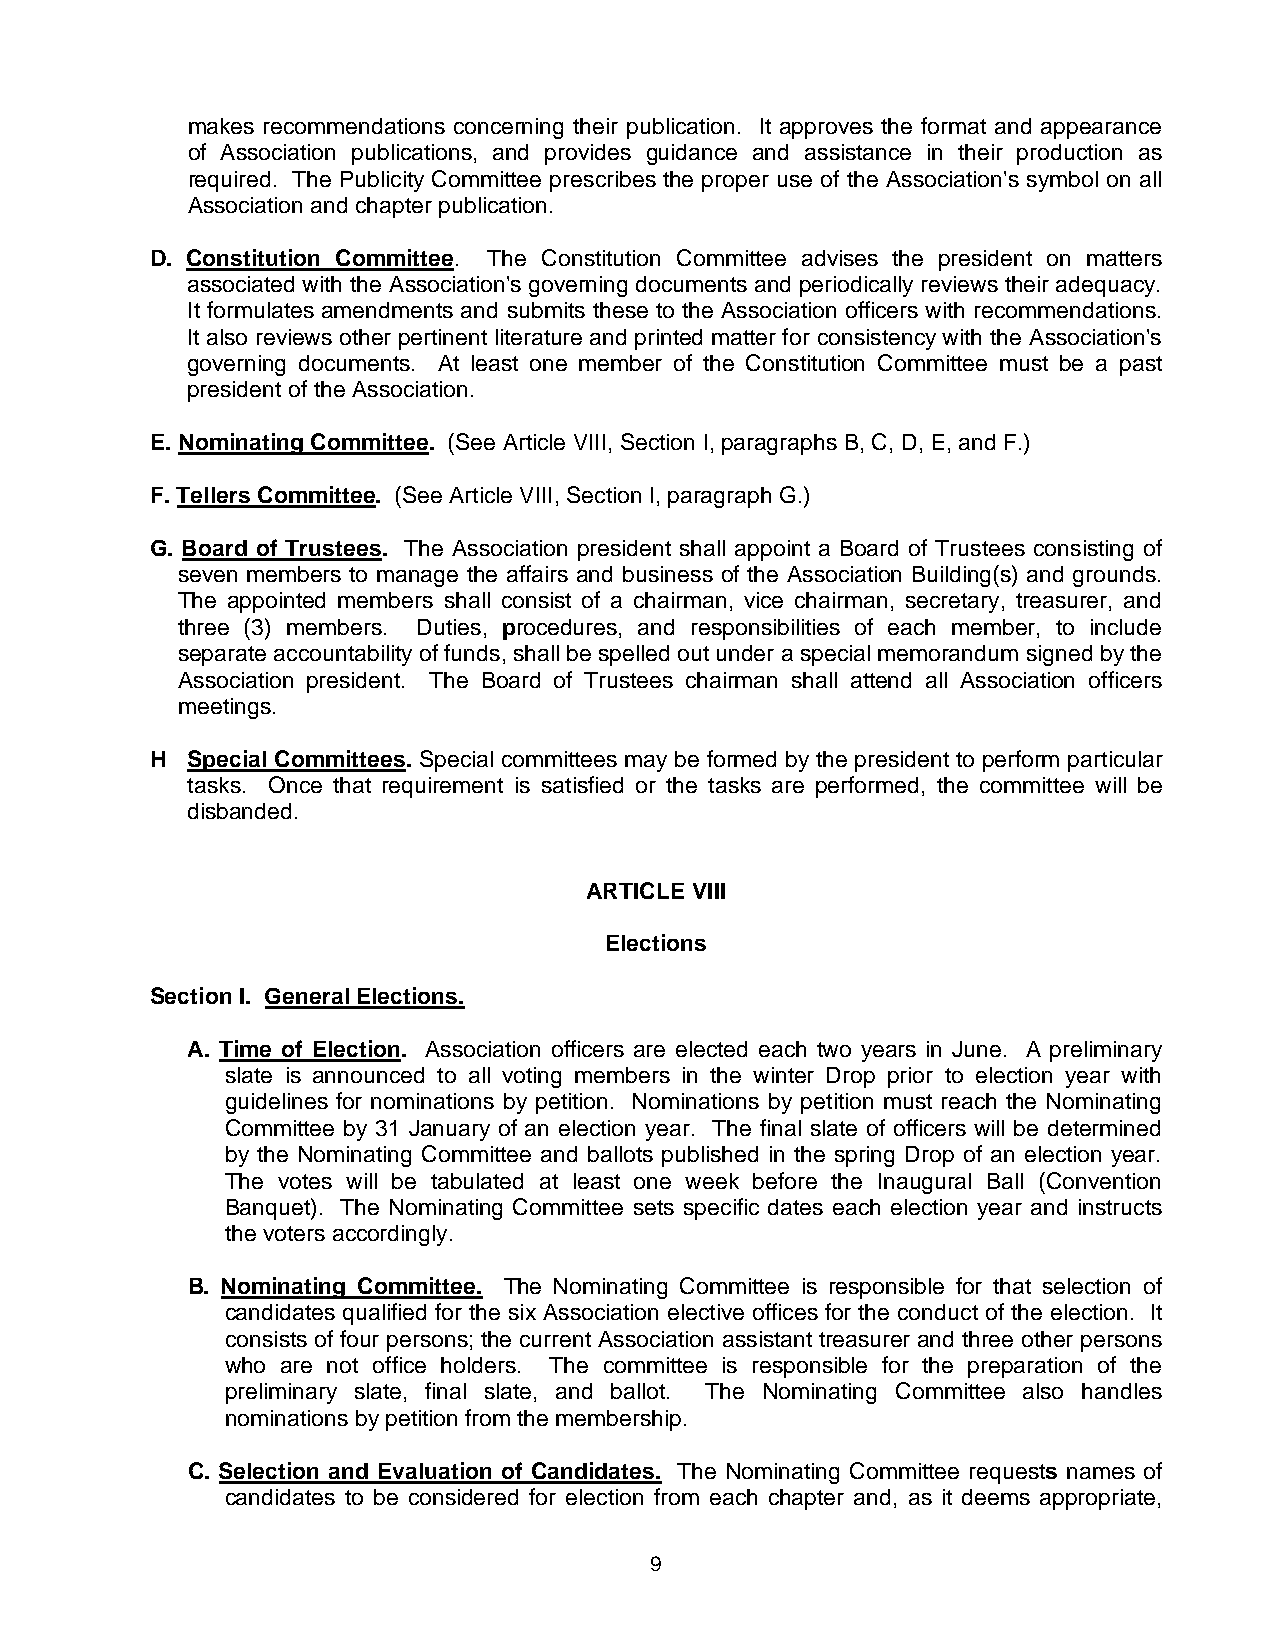
makes recommendations concerning their publication. It approves the format and appearance
 of Association publications, and provides guidance and assistance in their production as
 required. The Publicity Committee prescribes the proper use of the Association's symbol on all
 Association and chapter publication.
 D. Constitution Committee. The Constitution Committee advises the president on matters
 associated with the Association's governing documents and periodically reviews their adequacy.
 It formulates amendments and submits these to the Association officers with recommendations.
 It also reviews other pertinent literature and printed matter for consistency with the Association's
 governing documents. At least one member of the Constitution Committee must be a past
 president of the Association.
 E. Nominating Committee. (See Article VIII, Section I, paragraphs B, C, D, E, and F.)
 F. Tellers Committee. (See Article VIII, Section I, paragraph G.)
 G. Board of Trustees. The Association president shall appoint a Board of Trustees consisting of
 seven members to manage the affairs and business of the Association Building(s) and grounds.
 The appointed members shall consist of a chairman, vice chairman, secretary, treasurer, and
 three (3) members. Duties, procedures, and responsibilities of each member, to include
 separate accountability of funds, shall be spelled out under a special memorandum signed by the
 Association president. The Board of Trustees chairman shall attend all Association officers
 meetings.
 H Special Committees. Special committees may be formed by the president to perform particular
 tasks. Once that requirement is satisfied or the tasks are performed, the committee will be
 disbanded.
 ARTICLE VIII
 Elections
 Section I. General Elections.
 A. Time of Election. Association officers are elected each two years in June. A preliminary
 slate is announced to all voting members in the winter Drop prior to election year with
 guidelines for nominations by petition. Nominations by petition must reach the Nominating
 Committee by 31 January of an election year. The final slate of officers will be determined
 by the Nominating Committee and ballots published in the spring Drop of an election year.
 The votes will be tabulated at least one week before the Inaugural Ball (Convention
 Banquet). The Nominating Committee sets specific dates each election year and instructs
 the voters accordingly.
 B. Nominating Committee. The Nominating Committee is responsible for that selection of
 candidates qualified for the six Association elective offices for the conduct of the election. It
 consists of four persons; the current Association assistant treasurer and three other persons
 who are not office holders. The committee is responsible for the preparation of the
 preliminary slate, final slate, and ballot. The Nominating Committee also handles
 nominations by petition from the membership.
 C. Selection and Evaluation of Candidates. The Nominating Committee requests names of
 candidates to be considered for election from each chapter and, as it deems appropriate,
 9